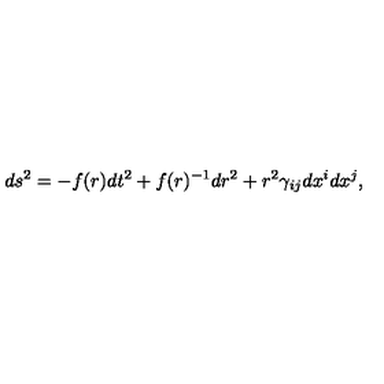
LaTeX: d s ^ { 2 } = - f ( r ) d t ^ { 2 } + f ( r ) ^ { - 1 } d r ^ { 2 } + r ^ { 2 } \gamma _ { i j } d x ^ { i } d x ^ { j } ,